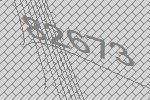
82673